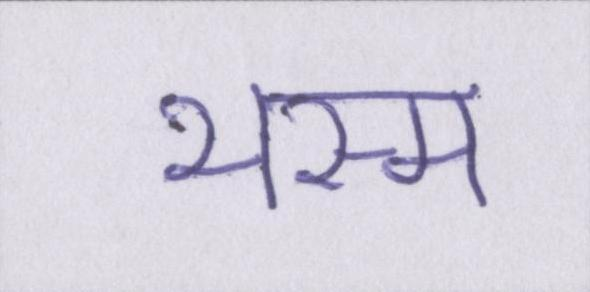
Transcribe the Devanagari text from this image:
भस्म